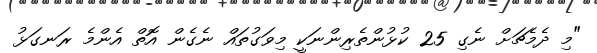
"މި ދެމެޗަށް ނެގި 25 ކުޅުންތެރިންނަކީ މިވަގުތައް ނެގެން އޮތް އެންމެ ރަނގަޅު